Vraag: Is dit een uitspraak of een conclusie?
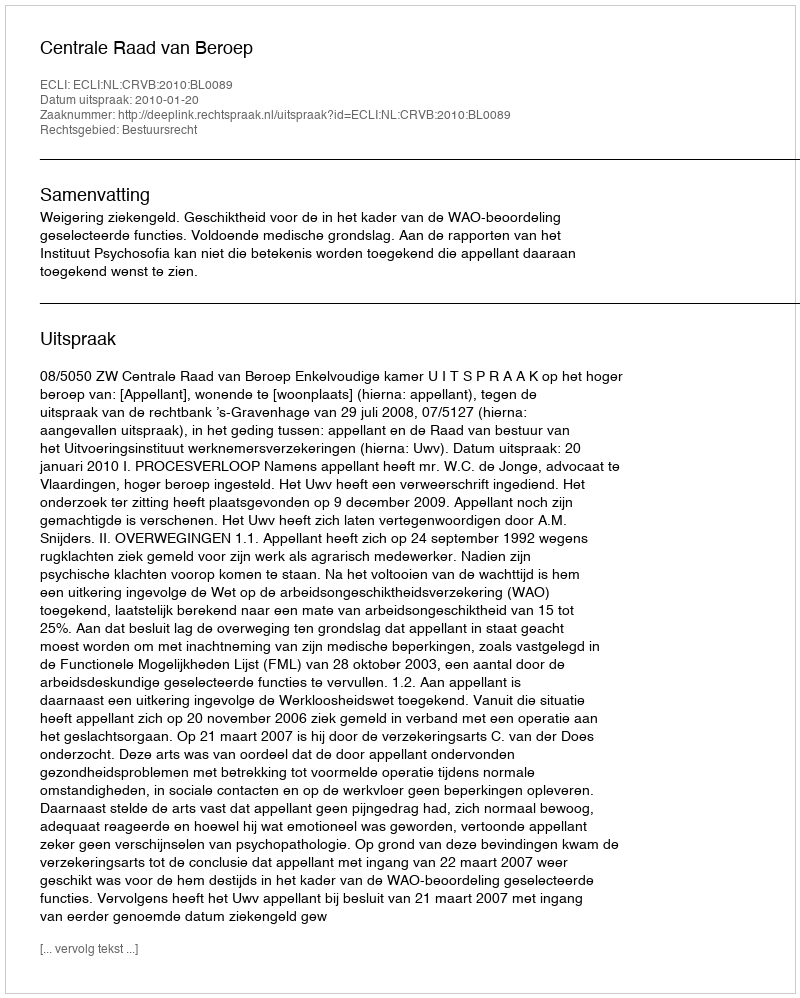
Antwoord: Uitspraak